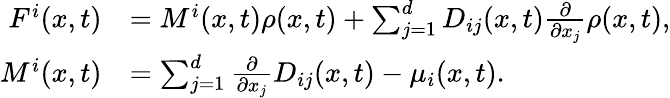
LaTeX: \begin{array}{rl}{F^{i}(x,t)}&{=M^{i}(x,t)\rho(x,t)+\sum_{j=1}^{d}D_{ij}(x,t)\frac{\partial}{\partial x_{j}}\rho(x,t),}\\ {M^{i}(x,t)}&{=\sum_{j=1}^{d}\frac{\partial}{\partial x_{j}}D_{ij}(x,t)-\mu_{i}(x,t).}\end{array}